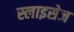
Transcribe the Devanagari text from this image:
स्लाइसेज